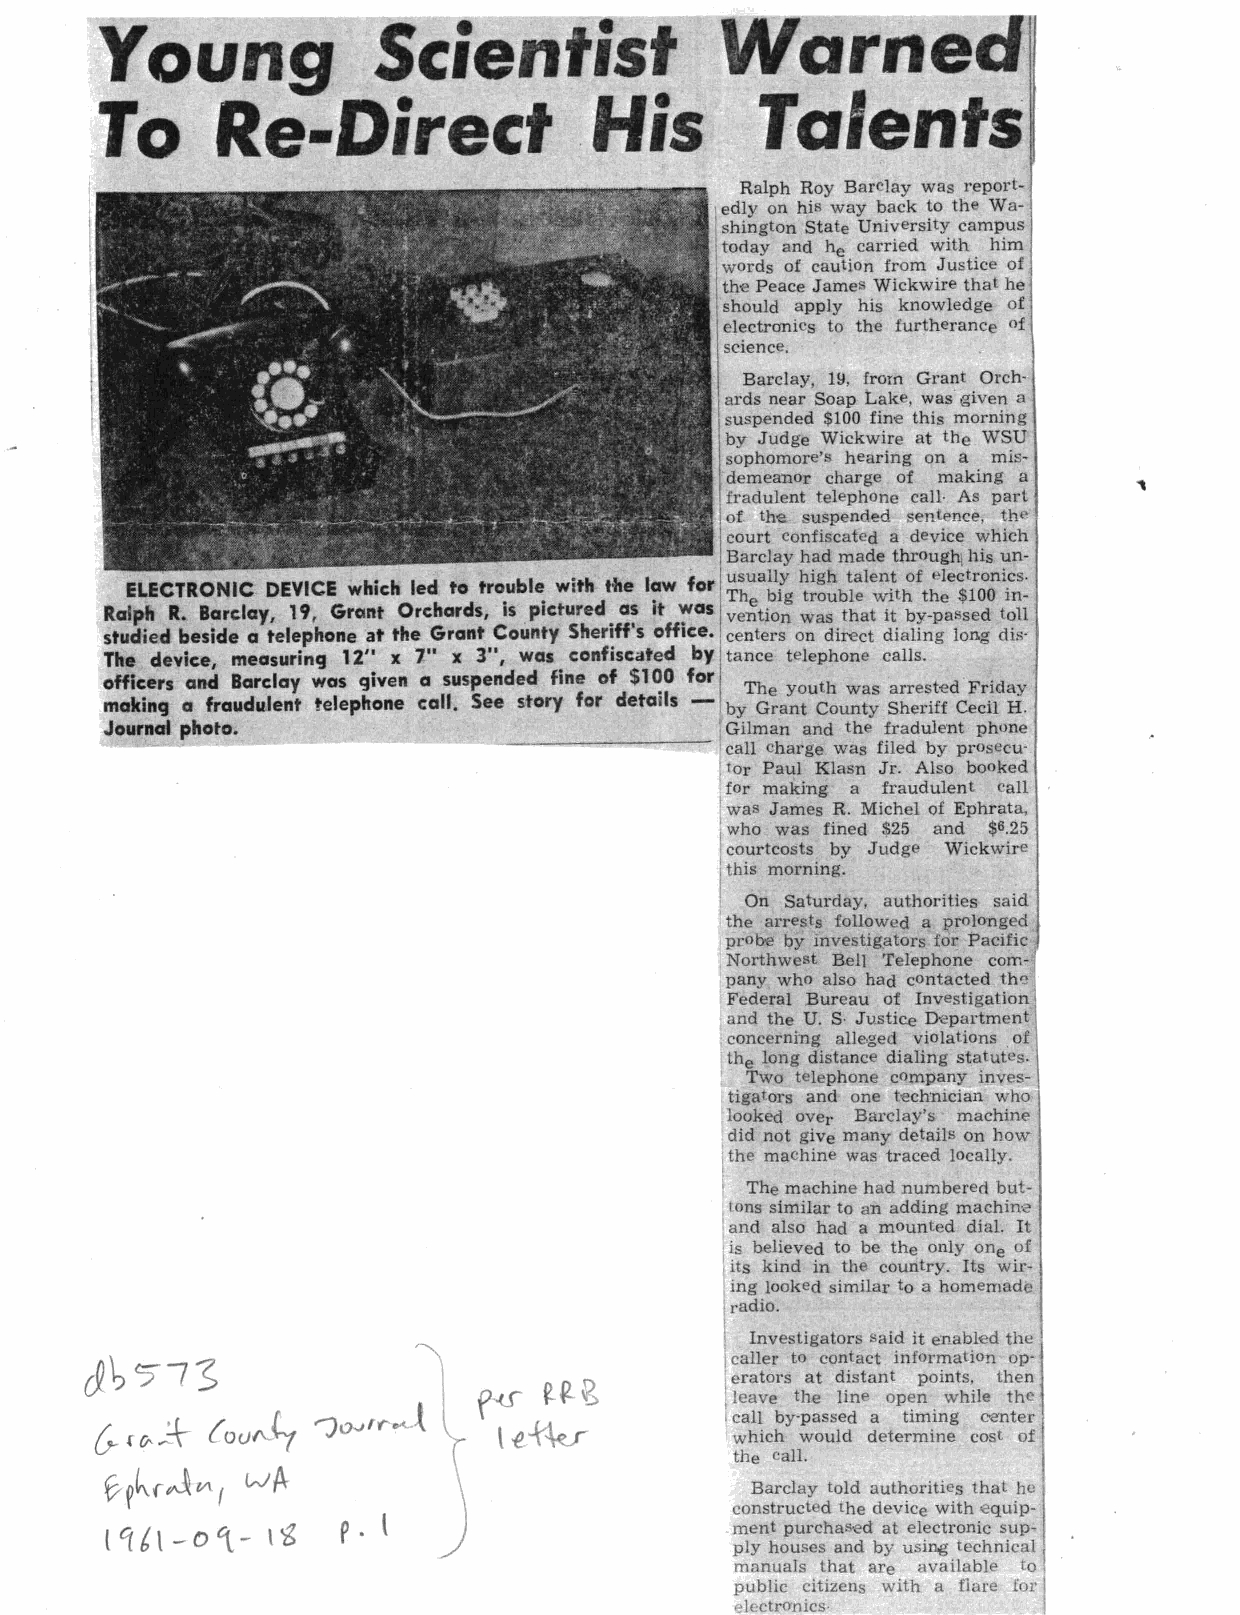
•         •
 oung              c1en       1s
 o    Re-Direct               .H   is
 Ralph Roy Barclay was report
 ! edly on his way back to th Wa-
 shington State University campus
 j today and he carried with him
 words of caution from Justice of
 !the Peace Jame Wickwire that he
 should apply his knowledge of
 electronics to the furtheranc of
 Barclay, 1!1, frorn Grant Orch,
 ards near Soap Lake, was given a
 suspended $100 fine this morning
 by Judge Wickwire at the WSU
 sophomore' hearing on a mis
 demeanor charge of making a
 fradulent tel phone call· As part
 of the uspended en ence, the
 court confiscated a device which
 Barclay had made throughj his un-
 ELECTRONIC DEVICE which led to trouble with tfte law for u uall.Y high talen.t of t>lectroni.cs.
 •    The b1g trouble Wl h the $100 m-
 RaiP!' R. Barclay, 19, Grant Orchards, Is pictured. a~ It ~as vention was that it by-passed toll
 stud1ed beside a telephone at the Grant County Sher1H s oH1ce. centers on direct dialing long dis·
 The device, measurinCJ 12" x 7" x 3", was confiscated by tance telephone calls.
 oHicers and Barclay was 9iven a suspended fine of $100 for The youth was arrested Friday
 makinCJ a fraudulent telephone call. See story for details by Grant County Sheriff Cecil H.
 Journal photo.  -----~-......._--.........,.===--- I1 G c ai ll lm ca hn a ra gn ed w t ah se ff ilr ea dd u ble y·n pt rop sh eo cn ue -
 tor Paul Klasn Jr. Also booked
 for making a fraudulent call
 !was James R. Michel of Ephrata,
 who was fined $25 and $6.25
 courtcosts by Judge Wickwire
 this morning.
 On Saturday, authorities said
 the arrests followed a prolonged
 probe by mvestigators for Pacific
 Northwest Bell T Jephone com
 pany who also had contacted th-:!
 Federal Bureau of Investigation
 and the U. S· Justice Department
 concerning alleged violations of
 the long distanc dialing statut 's.
 Two telephone company inves
 tigators and one technician who
 looked over Barclay's machine
 did not give many details on how
 the machine was traced locally.
 The machine had numbered but
 tons similar to an adding machin·
 and also had a mounted dial. It
 is believed to be the only one of
 its kind in th country. Its wir
 ing looked similar to a hom em ad'
 radio.
 Investigators ·aid it e·nabled the
 caller to contact information op·
 &~77~                                     erators at distant points, then
 leave the lin!' open while the
 {
 0-       OUI\...c,                        I call by-passed a timing renter
 f o-~+                                  which would determine co t of
 the call.
 6-r~f~V\ I
 wA
 Barclay told authorities that he
 construct d the device with equip
 (lf£\ -Dtt- leg p . l                    ment purchas d at electronic sup
 ply houses and by usin.g technical
 manuals that are available to
 public citizens with a flare for
 electronics·